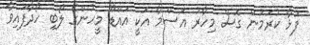
ފުޅާ ކުރަމުން ގޮސް މިހާރު އަސްމާ އަކީ އައްޑޫ މީހުންގެ ލޯބި ހޯދާފައިވާ